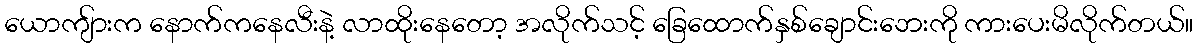
ယောကျ်ားက နောက်ကနေလီးနဲ့ လာထိုးနေတော့ အလိုက်သင့် ခြေထောက်နှစ်ချောင်းဘေးကို ကားပေးမိလိုက်တယ်။